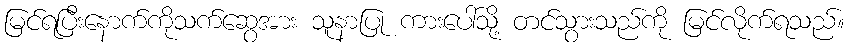
မြင်ရပြီးနောက်ကိုသက်ဆွေအား သူနာပြု ကားပေါ်သို့ တင်သွားသည်ကို မြင်လိုက်ရသည်။